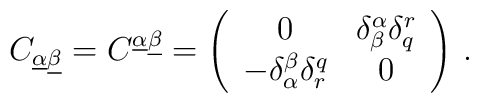
C_{\underline\alpha\underline\beta}=C^{\underline\alpha\underline\beta}=\left(\begin{array}{cc}0  &  \delta^\alpha_\beta \delta_q^{r}\\-\delta_\alpha^\beta\delta^q_{r}   &  0\end{array}\right)\,.